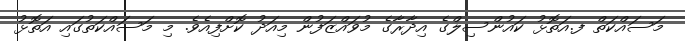
މަސައްކަތް ފ.އަތޮޅު ކައުންސިލްގެ އިދާރާގެ މުވައްޒަފުން މިއަދު ކޮށްފިއެވެ. މި މަސައްކަތުގައި އަތޮޅު